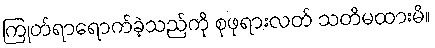
ကြုတ်ရာရောက်ခဲ့သည်ကို စုဖုရားလတ် သတိမထားမိ။